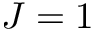
J = 1